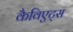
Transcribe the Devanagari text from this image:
कैविएट्स